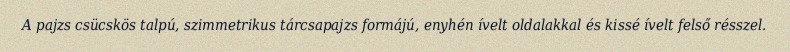
A pajzs csücskös talpú, szimmetrikus tárcsapajzs formájú, enyhén ívelt oldalakkal és kissé ívelt felső résszel.